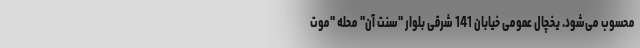
محسوب می‌شود. یخچال عمومی خیابان 141 شرقی بلوار "سنت آن" محله "موت